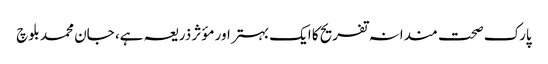
پارک صحت مندانہ تفریح کا ایک بہتر اور مؤثر ذریعہ ہے، جان محمد بلوچ